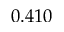
0 . 4 1 0